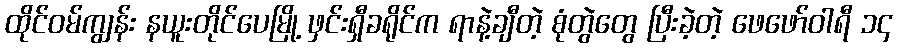
ထိုင်ဝမ်ကျွန်း နယူးတိုင်ပေမြို့ ဖှင်းရှီခရိုင်က ရာနဲ့ချီတဲ့ စုံတွဲတွေ ပြီးခဲ့တဲ့ ဖေဖော်ဝါရီ ၁၄